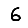
Digit: 6